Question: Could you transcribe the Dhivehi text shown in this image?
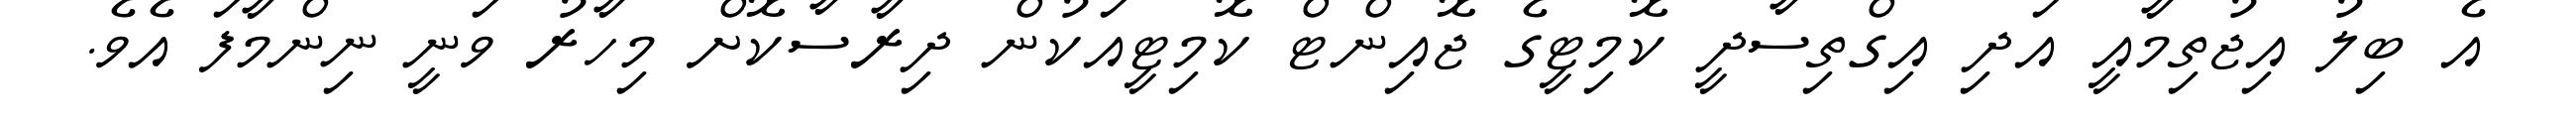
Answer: އެ ބިލު އިޖުތިމާއީ އަދި އިގްތިސާދީ ކޮމިޓީގެ ޖޮއިންޓް ކޮމިޓީއަކުން ދިރާސާކޮށް މިހާރު ވަނީ ނިންމާފަ އެވެ.